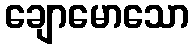
ချောမောသော